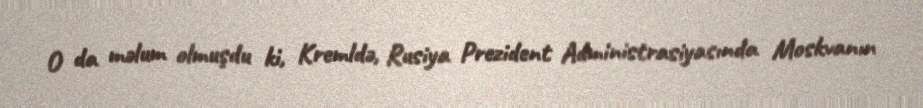
O da məlum olmuşdu ki, Kremldə, Rusiya Prezident Administrasiyasında Moskvanın